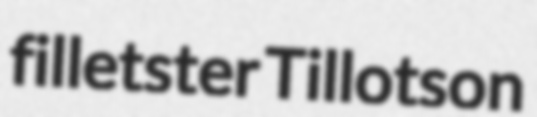
filletster Tillotson